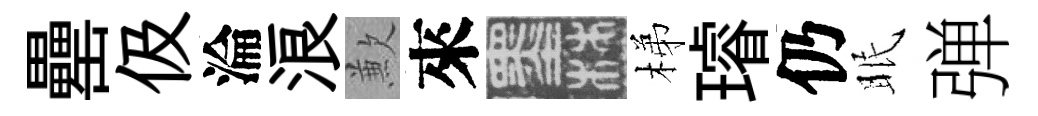
罍伋淪浪歉來墨梯璿仍眠弹